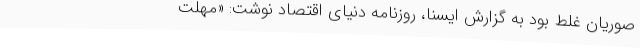
صوریان غلط بود به گزارش ایسنا، روزنامه دنیای‌ اقتصاد نوشت: «مهلت